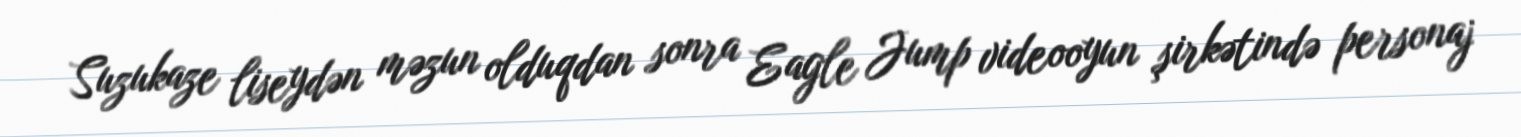
Suzukaze liseydən məzun olduqdan sonra Eagle Jump videooyun şirkətində personaj